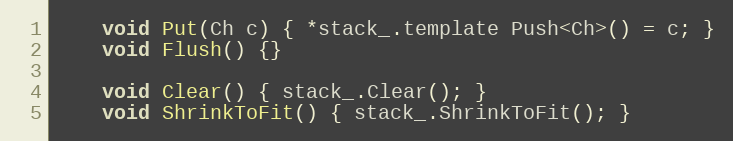
Language: C
    void Put(Ch c) { *stack_.template Push<Ch>() = c; }
    void Flush() {}

    void Clear() { stack_.Clear(); }
    void ShrinkToFit() { stack_.ShrinkToFit(); }